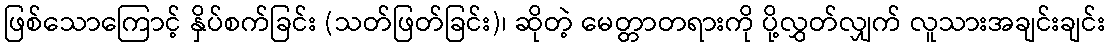
ဖြစ်သောကြောင့် နှိပ်စက်ခြင်း (သတ်ဖြတ်ခြင်း)၊ ဆိုတဲ့ မေတ္တာတရားကို ပို့လွှတ်လျှက် လူသားအချင်းချင်း